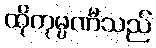
ထိုကုမ္ပဏီသည်